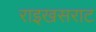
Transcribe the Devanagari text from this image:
राइखसराट